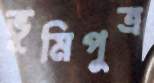
ভূমিপুত্র